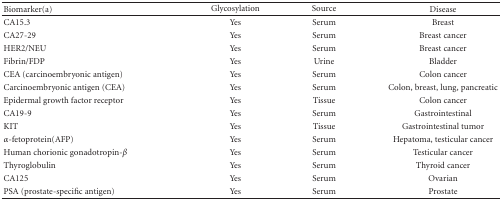
<table><thead><tr><td><b>Biomarker(a)</b></td><td><b>Glycosylation</b></td><td><b>Source</b></td><td><b>Disease</b></td></tr></thead><tbody><tr><td>CA15.3</td><td>Yes</td><td>Serum</td><td>Breast</td></tr><tr><td>CA27-29</td><td>Yes</td><td>Serum</td><td>Breast cancer</td></tr><tr><td>HER2/NEU</td><td>Yes</td><td>Serum</td><td>Breast cancer</td></tr><tr><td>Fibrin/FDP</td><td>Yes</td><td>Urine</td><td>Bladder</td></tr><tr><td>CEA (carcinoembryonic antigen)</td><td>Yes</td><td>Serum</td><td>Colon cancer</td></tr><tr><td>Carcinoembryonic antigen (CEA)</td><td>Yes</td><td>Serum</td><td>Colon, breast, lung, pancreatic</td></tr><tr><td>Epidermal growth factor receptor</td><td>Yes</td><td>Tissue</td><td>Colon cancer</td></tr><tr><td>CA19-9</td><td>Yes</td><td>Serum</td><td>Gastrointestinal</td></tr><tr><td>KIT</td><td>Yes</td><td>Tissue</td><td>Gastrointestinal tumor</td></tr><tr><td><i>α</i>-fetoprotein(AFP)</td><td>Yes</td><td>Serum</td><td>Hepatoma, testicular cancer</td></tr><tr><td>Human chorionic gonadotropin-<i>β</i></td><td>Yes</td><td>Serum</td><td>Testicular cancer</td></tr><tr><td>Thyroglobulin</td><td>Yes</td><td>Serum</td><td>Thyroid cancer</td></tr><tr><td>CA125</td><td>Yes</td><td>Serum</td><td>Ovarian</td></tr><tr><td>PSA (prostate-specific antigen)</td><td>Yes</td><td>Serum</td><td>Prostate</td></tr></tbody></table>